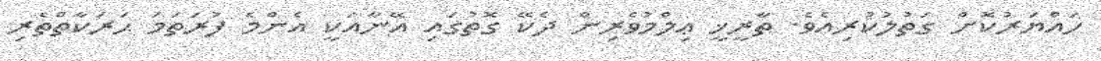
ހައްޔަރުކޮށް ގަތުލުކުރިއެވެ. ތާރީޚީ ޢިލްމުވެރިން ދެކޭ ގޮތުގައި އޭނާއަކީ އެންމެ ފުރަތަމަ ޙަރަކާތްތެރި